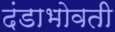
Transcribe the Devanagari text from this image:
दंडाभोवती